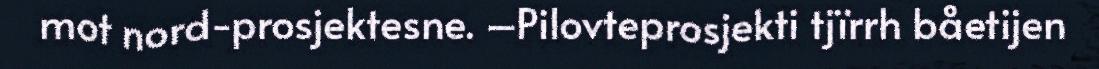
mot nord-prosjektesne. –Pilovteprosjekti tjïrrh båetijen